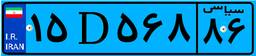
۸۹D۷۳۴۴۸